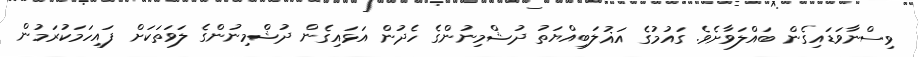
ވިސްނާވަޑައިގެން ބައްލަވާށެވެ. ގައުމުގެ އަޣުލަބިއްޔަތު ދުޝްމިނުންގެ ހެދުން އަޅައިގެން ދުޝްމިނުންގެ ލަވަތަކަށް ފައިހަމަކުރަމުން